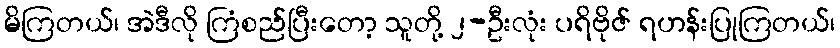
မိကြတယ်၊ အဲဒီလို ကြံစည်ပြီးတော့ သူတို့ ၂-ဦးလုံး ပရိဗိုဇ် ရဟန်းပြုကြတယ်၊